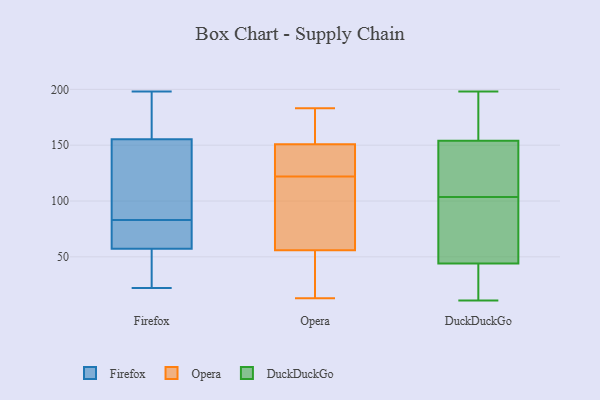
{"axis": {"x": "Customer Acquisition Cost (USD)", "y": "Value"}, "legend": ["DuckDuckGo", "Firefox", "Opera"], "data": [{"x": "", "y": 76, "type": "Firefox"}, {"x": "", "y": 33, "type": "Firefox"}, {"x": "", "y": 61, "type": "Firefox"}, {"x": "", "y": 118, "type": "Firefox"}, {"x": "", "y": 36, "type": "Firefox"}, {"x": "", "y": 161, "type": "Firefox"}, {"x": "", "y": 22, "type": "Firefox"}, {"x": "", "y": 83, "type": "Firefox"}, {"x": "", "y": 138, "type": "Firefox"}, {"x": "", "y": 79, "type": "Firefox"}, {"x": "", "y": 88, "type": "Firefox"}, {"x": "", "y": 186, "type": "Firefox"}, {"x": "", "y": 56, "type": "Firefox"}, {"x": "", "y": 120, "type": "Firefox"}, {"x": "", "y": 26, "type": "Firefox"}, {"x": "", "y": 167, "type": "Firefox"}, {"x": "", "y": 63, "type": "Firefox"}, {"x": "", "y": 187, "type": "Firefox"}, {"x": "", "y": 198, "type": "Firefox"}, {"x": "", "y": 100, "type": "Opera"}, {"x": "", "y": 27, "type": "Opera"}, {"x": "", "y": 13, "type": "Opera"}, {"x": "", "y": 153, "type": "Opera"}, {"x": "", "y": 14, "type": "Opera"}, {"x": "", "y": 161, "type": "Opera"}, {"x": "", "y": 51, "type": "Opera"}, {"x": "", "y": 174, "type": "Opera"}, {"x": "", "y": 122, "type": "Opera"}, {"x": "", "y": 71, "type": "Opera"}, {"x": "", "y": 127, "type": "Opera"}, {"x": "", "y": 43, "type": "Opera"}, {"x": "", "y": 183, "type": "Opera"}, {"x": "", "y": 98, "type": "Opera"}, {"x": "", "y": 88, "type": "Opera"}, {"x": "", "y": 139, "type": "Opera"}, {"x": "", "y": 179, "type": "Opera"}, {"x": "", "y": 144, "type": "Opera"}, {"x": "", "y": 123, "type": "Opera"}, {"x": "", "y": 172, "type": "DuckDuckGo"}, {"x": "", "y": 44, "type": "DuckDuckGo"}, {"x": "", "y": 11, "type": "DuckDuckGo"}, {"x": "", "y": 44, "type": "DuckDuckGo"}, {"x": "", "y": 84, "type": "DuckDuckGo"}, {"x": "", "y": 154, "type": "DuckDuckGo"}, {"x": "", "y": 129, "type": "DuckDuckGo"}, {"x": "", "y": 198, "type": "DuckDuckGo"}, {"x": "", "y": 50, "type": "DuckDuckGo"}, {"x": "", "y": 21, "type": "DuckDuckGo"}, {"x": "", "y": 123, "type": "DuckDuckGo"}, {"x": "", "y": 59, "type": "DuckDuckGo"}, {"x": "", "y": 160, "type": "DuckDuckGo"}, {"x": "", "y": 141, "type": "DuckDuckGo"}]}